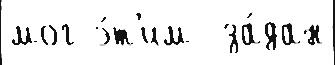
мог э́т'им  за́дан